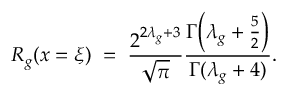
R _ { g } ( x = \xi ) \; = \; \frac { 2 ^ { 2 \lambda _ { g } + 3 } } { \sqrt { \pi } } \frac { \Gamma \! \left( \lambda _ { g } + \frac { 5 } { 2 } \right) } { \Gamma ( \lambda _ { g } + 4 ) } .